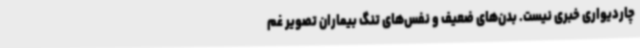
چاردیواری خبری نیست. بدن‌های ضعیف و نفس‌های تنگ بیماران تصویر غم‌